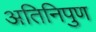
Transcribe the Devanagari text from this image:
अतिनिपुण